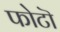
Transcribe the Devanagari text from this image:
फोटॊ